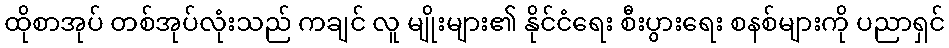
ထိုစာအုပ် တစ်အုပ်လုံးသည် ကချင် လူ မျိုးများ၏ နိုင်ငံရေး စီးပွားရေး စနစ်များကို ပညာရှင်